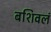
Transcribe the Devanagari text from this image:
बशिवलं